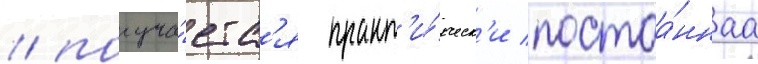
/ получа́етс'я практ'и́ческ'и постоа́ннаа